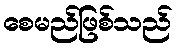
စေမည်ဖြစ်သည်